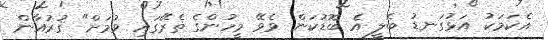
އެކަމަކު އަޅުގަނޑު ބެލީ އެ ބޮޑުކަން ވެވޭ މީހުންގެ ތެރޭގައި ވުމަށް" ޤުރުއާން